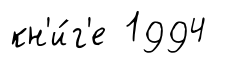
кн'и́г'е 1994